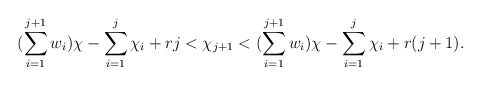
\begin{align*} (\sum\limits_{i=1}^{j+1}w_i)\chi - \sum\limits_{i=1}^{j}\chi_i + rj < \chi_{j+1} < (\sum\limits_{i=1}^{j+1}w_i)\chi - \sum\limits_{i=1}^{j}\chi_i + r(j+1). \end{align*}